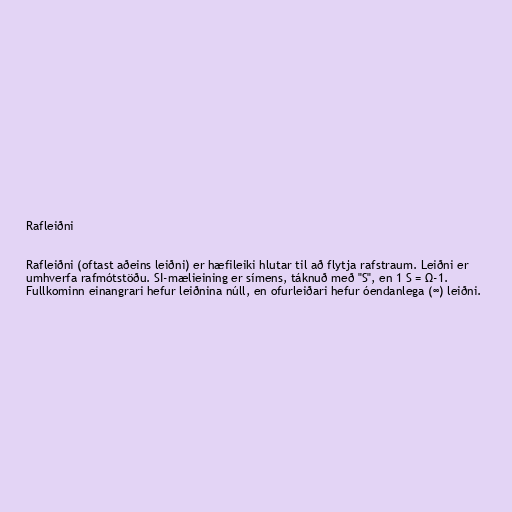
Rafleiðni

Rafleiðni (oftast aðeins leiðni) er hæfileiki hlutar til að flytja rafstraum. Leiðni er
umhverfa rafmótstöðu. SI-mælieining er símens, táknuð með "S", en 1 S = Ω-1.
Fullkominn einangrari hefur leiðnina núll, en ofurleiðari hefur óendanlega (∞) leiðni.